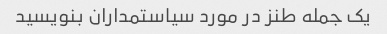
یک جمله طنز در مورد سیاستمداران بنویسید